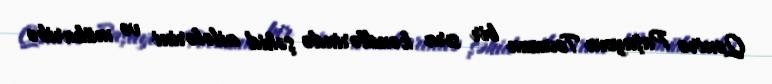
Qənirə Paşayeva Tovuzun bir sıra kəndlərində şəhid ailələrini və müharibə